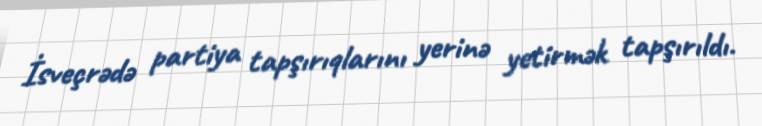
İsveçrədə partiya tapşırıqlarını yerinə yetirmək tapşırıldı.